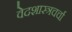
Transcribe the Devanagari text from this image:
वेदशास्त्रचर्चा